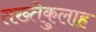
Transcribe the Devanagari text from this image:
तख्तेकुलाह